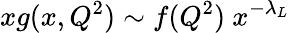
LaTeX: xg(x,Q^{2})\sim f(Q^{2})\ x^{-\lambda_{L}}